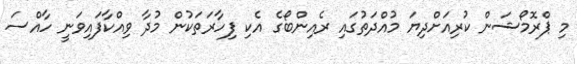
މި ޕްރޮމޯޝަން ކުރިއަށްދިޔަ މުއްދަތުގައި ރެއިންބޯގެ އެކި ފިހާރަތަކުން މުދާ ވިއްކާފައިވަނީ ހާއްސަ